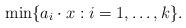
LaTeX: \begin{align*} \min\{a_i \cdot x : i=1,\dots,k\}.\end{align*}